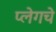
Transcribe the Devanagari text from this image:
प्लेगचे